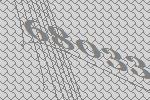
68033